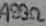
Text: 499Ω